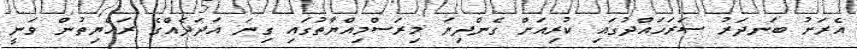
އެރަށު ބަނދަރު ސަރަހައްދުގައި ކުރިއަށް ގެންދިޔަ މިރަސްމިއްޔާތުގައި ގިނަ އަދަދެއްގެ ރައްޔިތުން ވަނީ